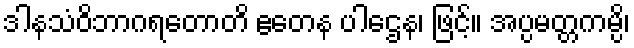
ဒါနသံဝိဘာဂရတောတိ ဧတေန ပါဌေန၊ ဖြင့်။ အပ္ပမတ္တကမ္ပိ၊